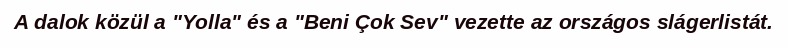
A dalok közül a "Yolla" és a "Beni Çok Sev" vezette az országos slágerlistát.